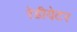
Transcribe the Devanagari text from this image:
रेडीयेटर